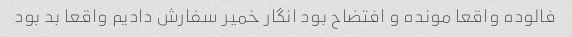
فالوده واقعا مونده و افتضاح بود انگار خمیر سفارش دادیم واقعا بد بود